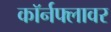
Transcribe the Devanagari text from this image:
कॉर्नफ्लावर